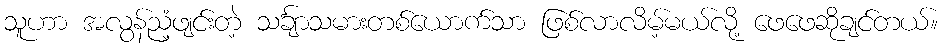
သူဟာ အလွန်ညံ့ဖျင်းတဲ့ သင်္ချာသမားတစ်ယောက်သာ ဖြစ်လာလိမ့်မယ်လို့ ဖေဖေဆိုချင်တယ်။